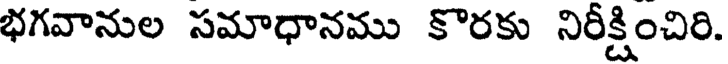
భగవానుల సమాధానము కొరకు నిరీక్షించిరి.